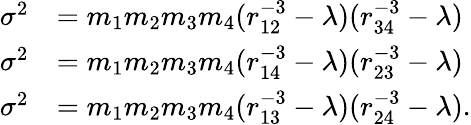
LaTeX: \begin{array}{rl}{\sigma^{2}}&{=m_{1}m_{2}m_{3}m_{4}(r_{12}^{-3}-\lambda)(r_{34}^{-3}-\lambda)}\\ {\sigma^{2}}&{=m_{1}m_{2}m_{3}m_{4}(r_{14}^{-3}-\lambda)(r_{23}^{-3}-\lambda)}\\ {\sigma^{2}}&{=m_{1}m_{2}m_{3}m_{4}(r_{13}^{-3}-\lambda)(r_{24}^{-3}-\lambda).}\end{array}